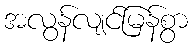
အလွန်လျင်မြန်စွာ